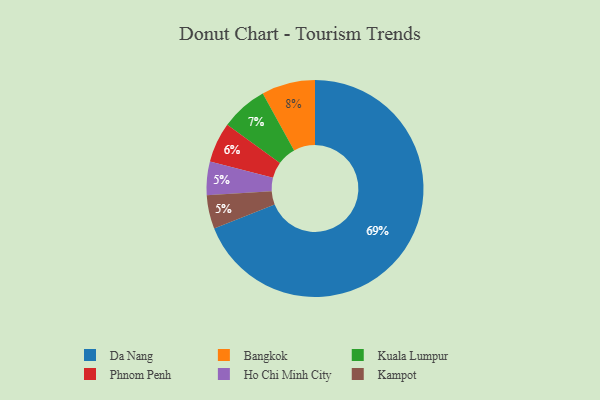
{"axis": {"x": "Category", "y": "Percentage"}, "legend": ["Bangkok", "Da Nang", "Ho Chi Minh City", "Kampot", "Kuala Lumpur", "Phnom Penh"], "data": [{"x": "Ho Chi Minh City", "y": 5, "type": "Ho Chi Minh City"}, {"x": "Kampot", "y": 5, "type": "Kampot"}, {"x": "Phnom Penh", "y": 6, "type": "Phnom Penh"}, {"x": "Da Nang", "y": 69, "type": "Da Nang"}, {"x": "Bangkok", "y": 8, "type": "Bangkok"}, {"x": "Kuala Lumpur", "y": 7, "type": "Kuala Lumpur"}]}